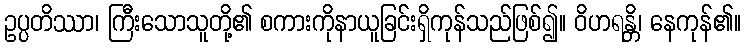
ဥပ္ပတိဿာ၊ ကြီးသောသူတို့၏ စကားကိုနာယူခြင်းရှိကုန်သည်ဖြစ်၍။ ဝိဟရန္တိ၊ နေကုန်၏။